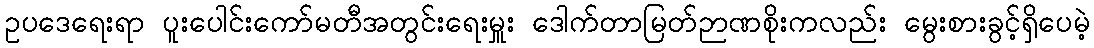
ဥပဒေရေးရာ ပူးပေါင်းကော်မတီအတွင်းရေးမှူး ဒေါက်တာမြတ်ဉာဏစိုးကလည်း မွေးစားခွင့်ရှိပေမဲ့